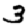
Digit: 3